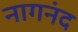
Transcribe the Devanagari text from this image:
नागनंद